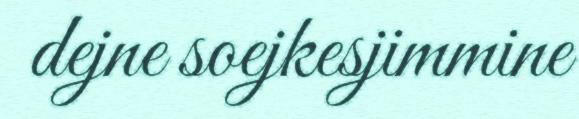
dejne soejkesjimmine